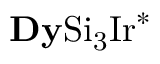
\mathrm { { \bf D y } S i _ { 3 } I r } ^ { * }